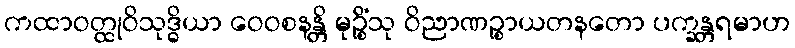
ကထာဝတ္ထုဝိသုဒ္ဓိယာ ဝေဝစနန္တိ မုဉ္စိံသု ဝိညာဏဉ္စာယတနတော ပက္ခန္တရမာဟ